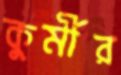
কুর্মীর